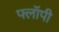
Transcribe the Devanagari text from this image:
फ्लाॅपी